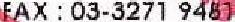
FAX : 03-3271 9481